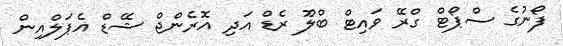
ފޯނުގެ ސްޕޯޓް ގްރޭ ވައިޓް ބްލޫ ރެޑް އަދި އޮރެންޖް ޝޭޑް އެޕަލްއިން